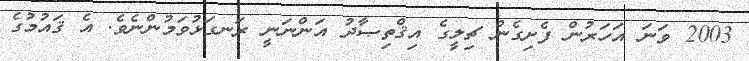
2003 ވަނަ އަހަރުން ފެށިގެން ޗިލީގެ އިޤްތިޞާދު އަންނަނީ ރަނގަޅުވަމުންނެވެ. އެ ޤައުމުގެ